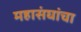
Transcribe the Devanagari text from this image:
महासंघांचा